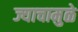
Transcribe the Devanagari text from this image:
ज्याचामुळे